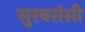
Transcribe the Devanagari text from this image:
सुरवरांसी